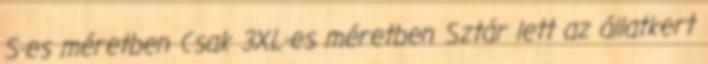
S-es méretben Csak 3XL-es méretben Sztár lett az állatkert